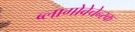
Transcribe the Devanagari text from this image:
ब्लागोवेचेन्स्क